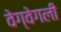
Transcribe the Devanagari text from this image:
वेग्वेगली